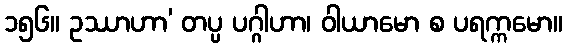
၁၅၆။ ဥဿာဟာ’ တပ္ပ ပဂ္ဂါဟာ၊ ဝါယာမော စ ပရက္ကမော။